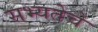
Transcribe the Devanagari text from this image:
सभ्यतेचे